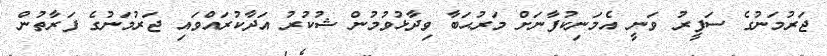
ޖަރުމަނުގެ ސަފީރު ވަނީ އެމަނިކުފާނަށް މަރުޙަބާ ވިދާޅުވުމުން ޝުކުރު އަދާކުރައްވައި ޖަރުމަނުގެ ފަރާތުން